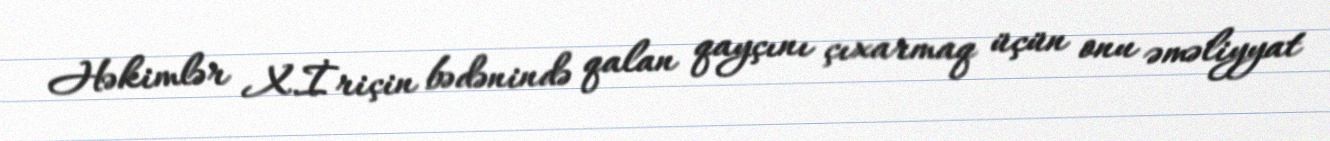
Həkimlər X.İriçin bədənində qalan qayçını çıxarmaq üçün onu əməliyyat